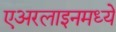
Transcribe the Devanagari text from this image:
एअरलाइनमध्ये